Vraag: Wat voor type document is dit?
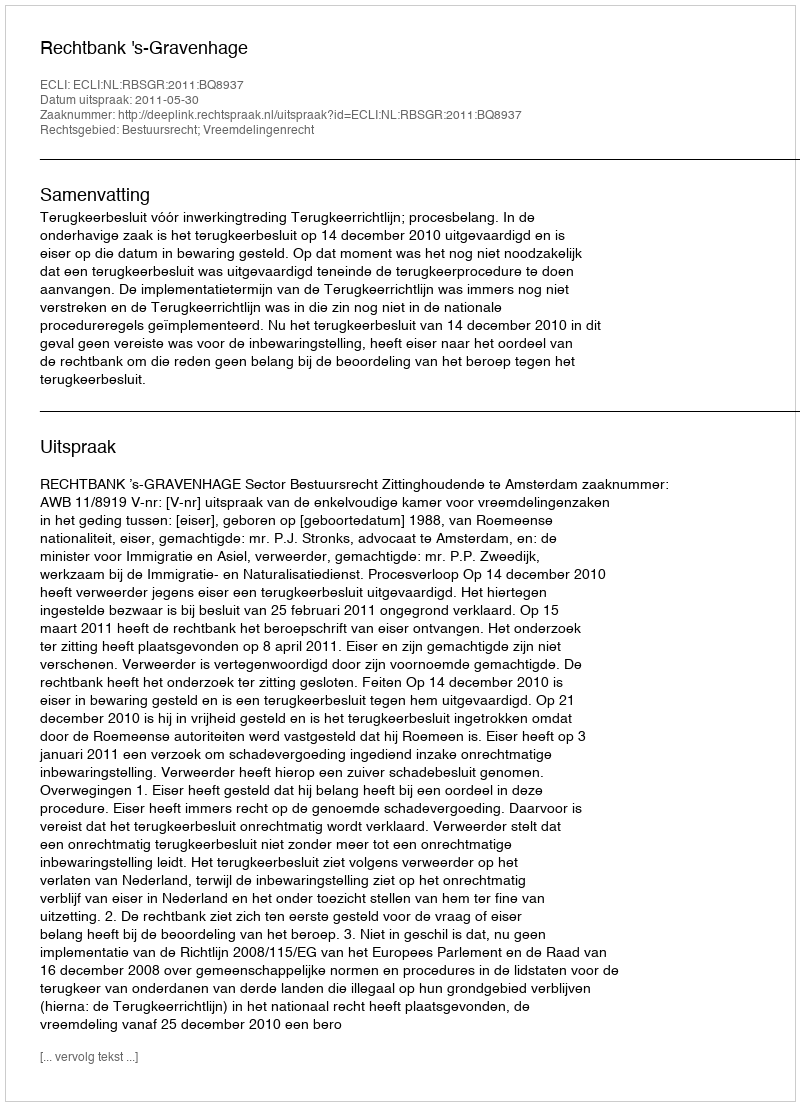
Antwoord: Uitspraak